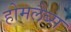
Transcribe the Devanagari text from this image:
होमलैब्स